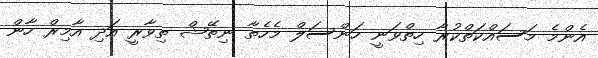
އެންމެ މަސައްކަތްކުރާ ހިތްވަނީ ހަންސަލް މެހެތާ ނިތޭޝް ތިވާރީ އަދި އާމިރް ހާން